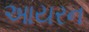
આયરન